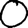
Digit: 0